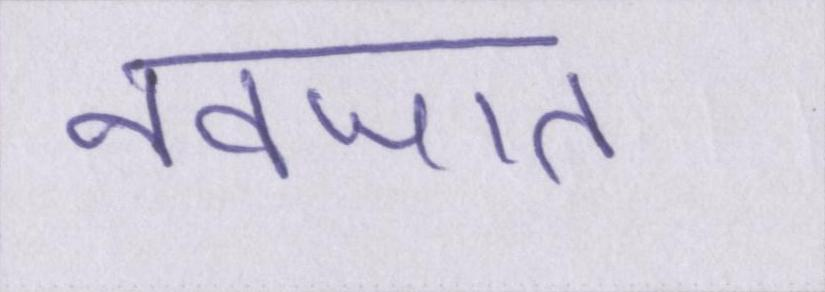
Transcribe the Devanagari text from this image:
नवजात